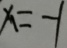
x = - 1